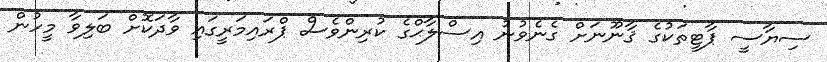
ސިޔާސީ ޕާޓީތަކުގެ ޤާނޫނަށް ގެނެވުނު އިސްލާޙްގެ ކުރިންވެސް ޕްރައިމަރީގައި ވާދަކޮށް ބަލިވާ މީހުން